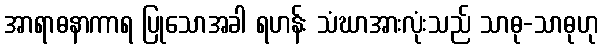
အာရာဓနာကာရ ပြုသောအခါ ရဟန်း သံဃာအားလုံးသည် သာဓု-သာဓုဟု